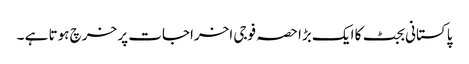
پاکستانی بجٹ کا ایک بڑا حصہ فوجی اخراجات پر خرچ ہوتا ہے ۔